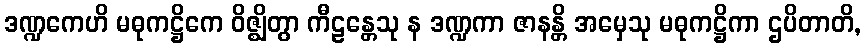
ဒဏ္ဍကေဟိ မဓုကဋ္ဌိကေ ဝိဇ္ဈိတွာ ကီဠန္တေသု န ဒဏ္ဍကာ ဇာနန္တိ အမှေသု မဓုကဋ္ဌိကာ ဌပိတာတိ,